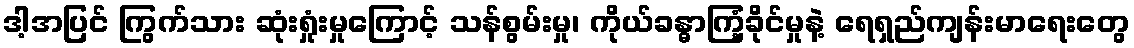
ဒါ့အပြင် ကြွက်သား ဆုံးရှုံးမှုကြောင့် သန်စွမ်းမှု၊ ကိုယ်ခန္ဓာကြံ့ခိုင်မှုနဲ့ ရေရှည်ကျန်းမာရေးတွေ